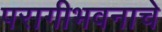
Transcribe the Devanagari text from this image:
परागीभवनाचे